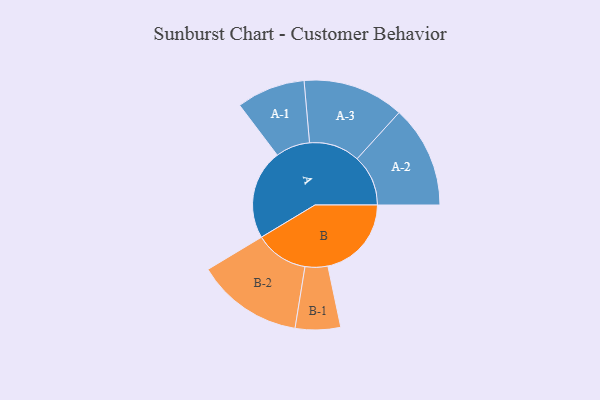
{"axis": {"x": "Segment", "y": "Value"}, "legend": ["", "A", "B"], "data": [{"x": "A", "y": 445, "type": ""}, {"x": "B", "y": 414, "type": ""}, {"x": "A-1", "y": 170, "type": "A"}, {"x": "A-2", "y": 253, "type": "A"}, {"x": "A-3", "y": 251, "type": "A"}, {"x": "B-1", "y": 112, "type": "B"}, {"x": "B-2", "y": 264, "type": "B"}]}